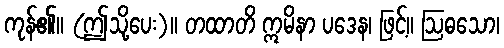
ကုန်၏။ (ဤသို့ပေး)။ တထာတိ ဣမိနာ ပဒေန၊ ဖြင့်။ ဩဓသော၊